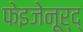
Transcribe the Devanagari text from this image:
फेइजेनूर्द्